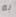
به